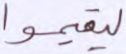
ليقيموا